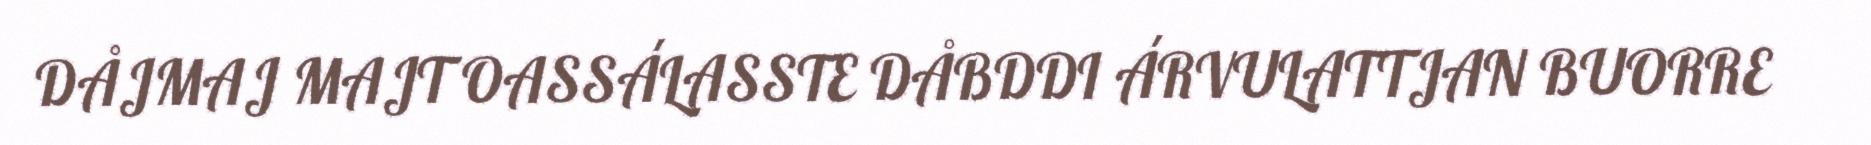
DÅJMAJ MAJT OASSÁLASSTE DÅBDDI ÁRVULATTJAN BUORRE